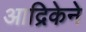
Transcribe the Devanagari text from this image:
आद्रिकेने